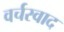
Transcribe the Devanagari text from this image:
वर्चस्वाद